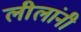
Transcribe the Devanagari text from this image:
लीलांनी